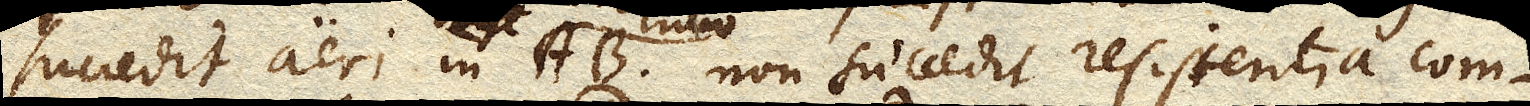
succedit aeri in Vase Tubo AB. non succedit resistentia com–